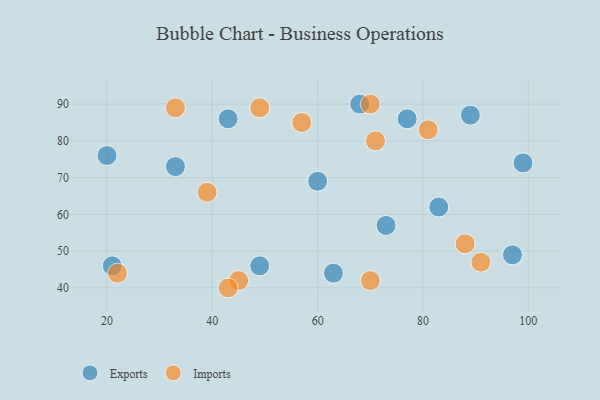
{"axis": {"x": "GDP", "y": "Life Expectancy"}, "legend": ["Exports", "Imports"], "data": [{"x": "77", "y": 86, "type": "Exports"}, {"x": "21", "y": 46, "type": "Exports"}, {"x": "97", "y": 49, "type": "Exports"}, {"x": "33", "y": 73, "type": "Exports"}, {"x": "63", "y": 44, "type": "Exports"}, {"x": "20", "y": 76, "type": "Exports"}, {"x": "99", "y": 74, "type": "Exports"}, {"x": "68", "y": 90, "type": "Exports"}, {"x": "49", "y": 46, "type": "Exports"}, {"x": "83", "y": 62, "type": "Exports"}, {"x": "89", "y": 87, "type": "Exports"}, {"x": "60", "y": 69, "type": "Exports"}, {"x": "73", "y": 57, "type": "Exports"}, {"x": "43", "y": 86, "type": "Exports"}, {"x": "91", "y": 47, "type": "Imports"}, {"x": "81", "y": 83, "type": "Imports"}, {"x": "70", "y": 42, "type": "Imports"}, {"x": "57", "y": 85, "type": "Imports"}, {"x": "88", "y": 52, "type": "Imports"}, {"x": "70", "y": 90, "type": "Imports"}, {"x": "39", "y": 66, "type": "Imports"}, {"x": "45", "y": 42, "type": "Imports"}, {"x": "71", "y": 80, "type": "Imports"}, {"x": "22", "y": 44, "type": "Imports"}, {"x": "43", "y": 40, "type": "Imports"}, {"x": "49", "y": 89, "type": "Imports"}, {"x": "33", "y": 89, "type": "Imports"}]}